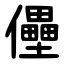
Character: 㒦